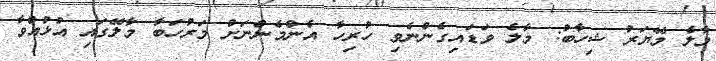
މާލެ މޭޔަރު ޝިހާބު: މާލެ ވަޑައިގެންނެވި ހުރިހާ އެންމެންނަށް މަރުހަބާ މާލޭގައި އުޅުއްވާ